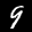
Label: 9